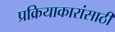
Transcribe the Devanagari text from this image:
प्रक्रियाकारांसाठी